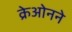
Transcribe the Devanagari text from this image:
क्रेओनने